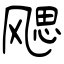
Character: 飔